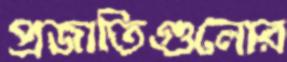
প্রজাতিগুলোর